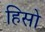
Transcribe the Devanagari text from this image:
हिसो